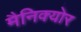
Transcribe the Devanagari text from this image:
मैनिक्‍योर